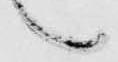
候